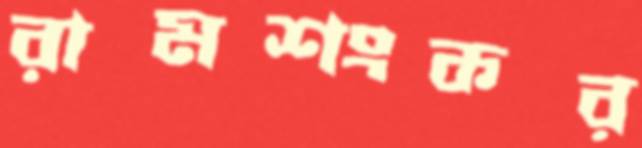
রামশংকর